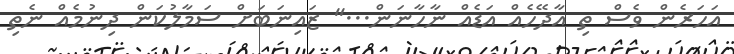
އަހަރެން ވެސް ތި އާދޭހެއް އަޑެއް ނާހާނަން...'' ޒައިނަބަށް ސަމާލުކަން ދިނުމެއް ނެތި